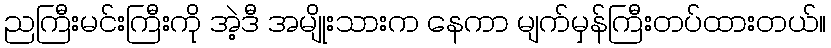
ညကြီးမင်းကြီးကို အဲ့ဒီ အမျိုးသားက နေကာ မျက်မှန်ကြီးတပ်ထားတယ်။